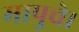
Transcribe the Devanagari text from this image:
मापुचे।